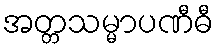
အတ္တသမ္မာပဏီဓီ